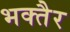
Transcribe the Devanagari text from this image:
भक्तैर